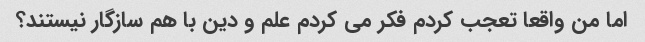
اما من واقعا تعجب کردم فکر می کردم علم و دین با هم سازگار نیستند؟